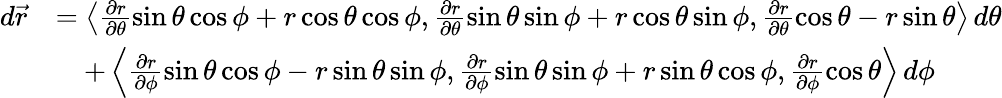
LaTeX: \begin{array}{rl}{d\vec{r}}&{=\left\langle\frac{\partial r}{\partial\theta}\sin\theta\cos\phi+r\cos\theta\cos\phi,\frac{\partial r}{\partial\theta}\sin\theta\sin\phi+r\cos\theta\sin\phi,\frac{\partial r}{\partial\theta}\cos\theta-r\sin\theta\right\rangle\, d\theta}\\ &{\quad+\left\langle\frac{\partial r}{\partial\phi}\sin\theta\cos\phi-r\sin\theta\sin\phi,\frac{\partial r}{\partial\phi}\sin\theta\sin\phi+r\sin\theta\cos\phi,\frac{\partial r}{\partial\phi}\cos\theta\right\rangle\, d\phi}\end{array}